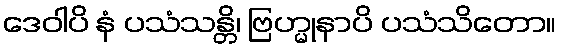
ဒေဝါပိ နံ ပသံသန္တိ၊ ဗြဟ္မုနာပိ ပသံသိတော။